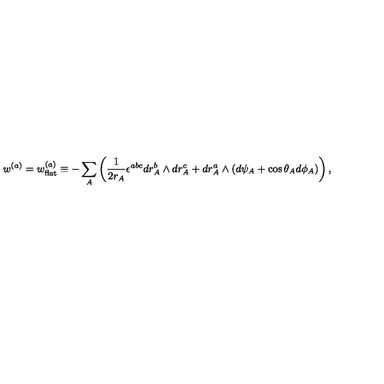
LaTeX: w ^ { ( a ) } = w _ { \mathrm { f l a t } } ^ { ( a ) } \equiv - \sum _ { A } \left( \frac { 1 } { 2 r _ { A } } \epsilon ^ { a b c } d r _ { A } ^ { b } \wedge d r _ { A } ^ { c } + d r _ { A } ^ { a } \wedge ( d \psi _ { A } + \cos \theta _ { A } d \phi _ { A } ) \right) ,